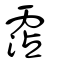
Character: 霑